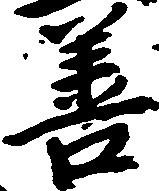
善